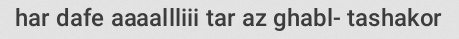
har dafe aaaallliii tar az ghabl- tashakor